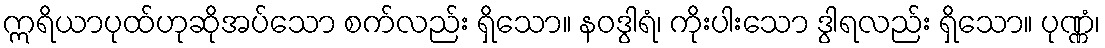
ဣရိယာပုထ်ဟုဆိုအပ်သော စက်လည်း ရှိသော။ နဝဒွါရံ၊ ကိုးပါးသော ဒွါရလည်း ရှိသော။ ပုဏ္ဏံ၊